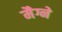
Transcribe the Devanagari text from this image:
मैग्ने